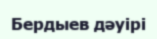
Бердыев дәуірі